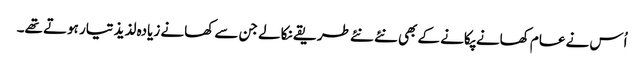
اُس نے عام کھانے پکانے کے بھی نئے نئے طریقے نکالے جن سے کھانے زیادہ لذیذ تیار ہوتے تھے۔